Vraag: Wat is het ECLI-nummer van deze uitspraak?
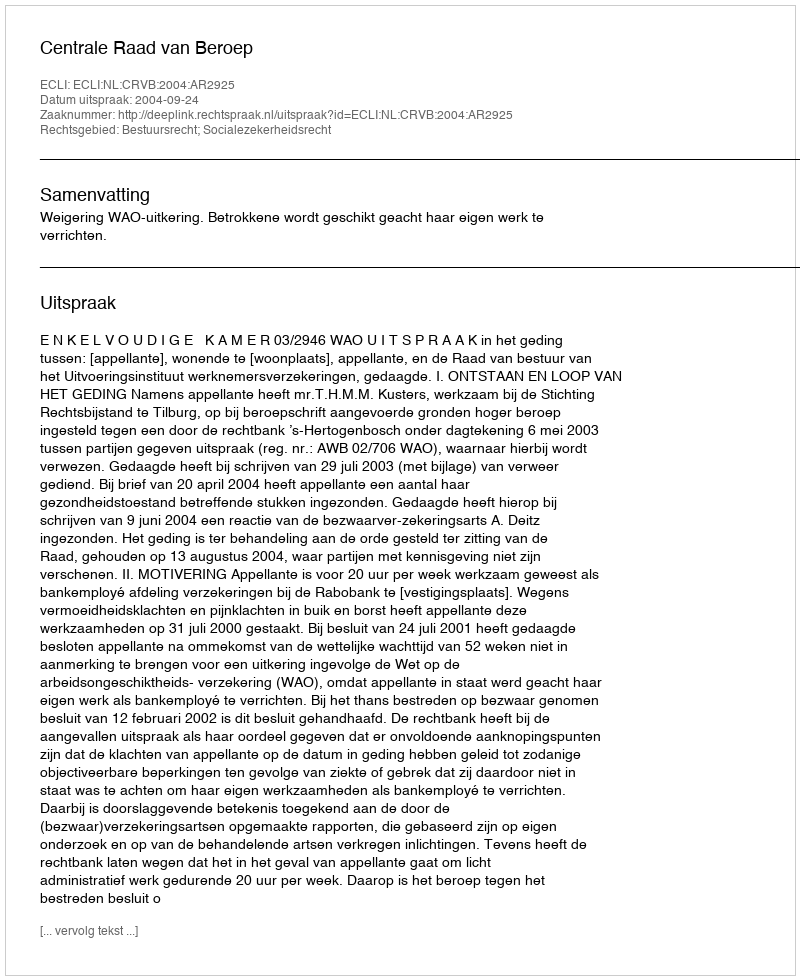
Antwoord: ECLI:NL:CRVB:2004:AR2925